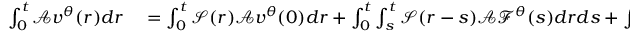
\begin{array} { r l } { \int _ { 0 } ^ { t } \mathcal { A } \displaystyle v ^ { \theta } ( r ) d r } & { { } = \int _ { 0 } ^ { t } \mathcal { S } ( r ) \mathcal { A } v ^ { \theta } ( 0 ) d r + \int _ { 0 } ^ { t } \int _ { s } ^ { t } \mathcal { S } ( r - s ) \mathcal { A } \mathcal { F } ^ { \theta } ( s ) d r d s + \int _ { 0 } ^ { t } \int _ { \mathbb { Z } } \int _ { s } ^ { t } \mathcal { S } ( r - s ) \mathcal { A } \overline { { G } } ( z , x , s - ) d r \tilde { N } ( d s , d z ) . } \end{array}